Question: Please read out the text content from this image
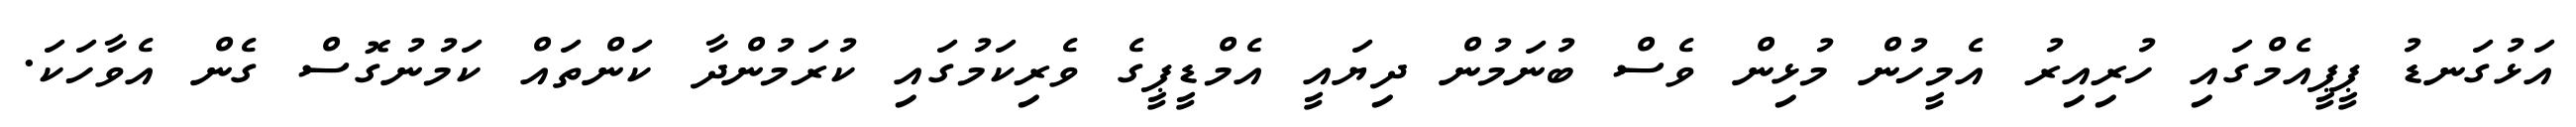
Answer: އަޅުގަނޑު ޕީޕީއެމްގައި ހުރިއިރު އެމީހުން މުޅިން ވެސް ބުނަމުން ދިޔައީ އެމްޑީޕީގެ ވެރިކަމުގައި ކުރަމުންދާ ކަންތައް ކަމުނުގޮސް ގެން އެވާހަކަ.